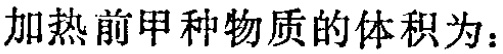
加热前甲种物质的体积为：